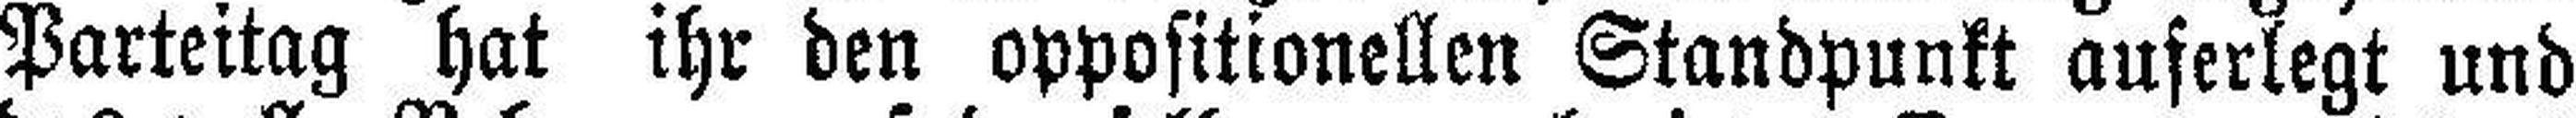
Parteitag hat ihr den oppositionellen Standpunkt auferlegt und